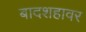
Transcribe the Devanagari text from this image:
बादशहावर